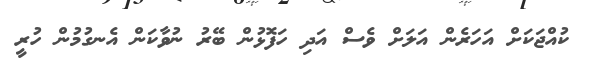
ކުއްޖަކަށް އަހަރެން އަލަށް ވެސް އަދި ހަފޮޅުން ބޭރު ނުވާކަން އެނގުމުން ހުރީ